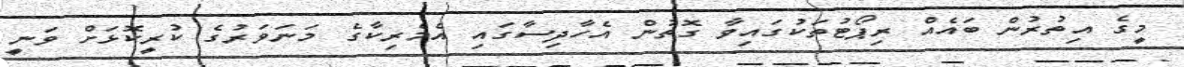
މީގެ އިތުރުން ބައެއް ރިޕޯޓުތަކުގައިވާ ގޮތުން އެހާދިސާގައި އެމެރިކާގެ މަނަވަރުގެ ކުރީކޮޅަށް ވަނީ